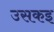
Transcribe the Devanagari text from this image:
उसकइ